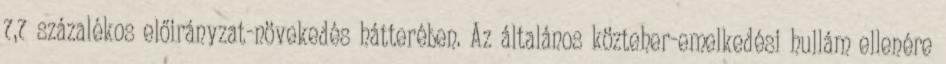
7,7 százalékos előirányzat-növekedés hátterében. Az általános közteher-emelkedési hullám ellenére